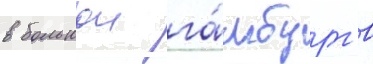
в большои га́мбург в